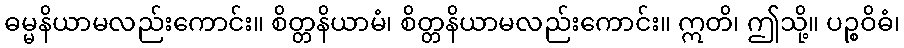
ဓမ္မနိယာမလည်းကောင်း။ စိတ္တနိယာမံ၊ စိတ္တနိယာမလည်းကောင်း။ ဣတိ၊ ဤသို့။ ပဉ္စဝိဓံ၊